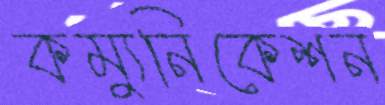
কম্যুনিকেশন